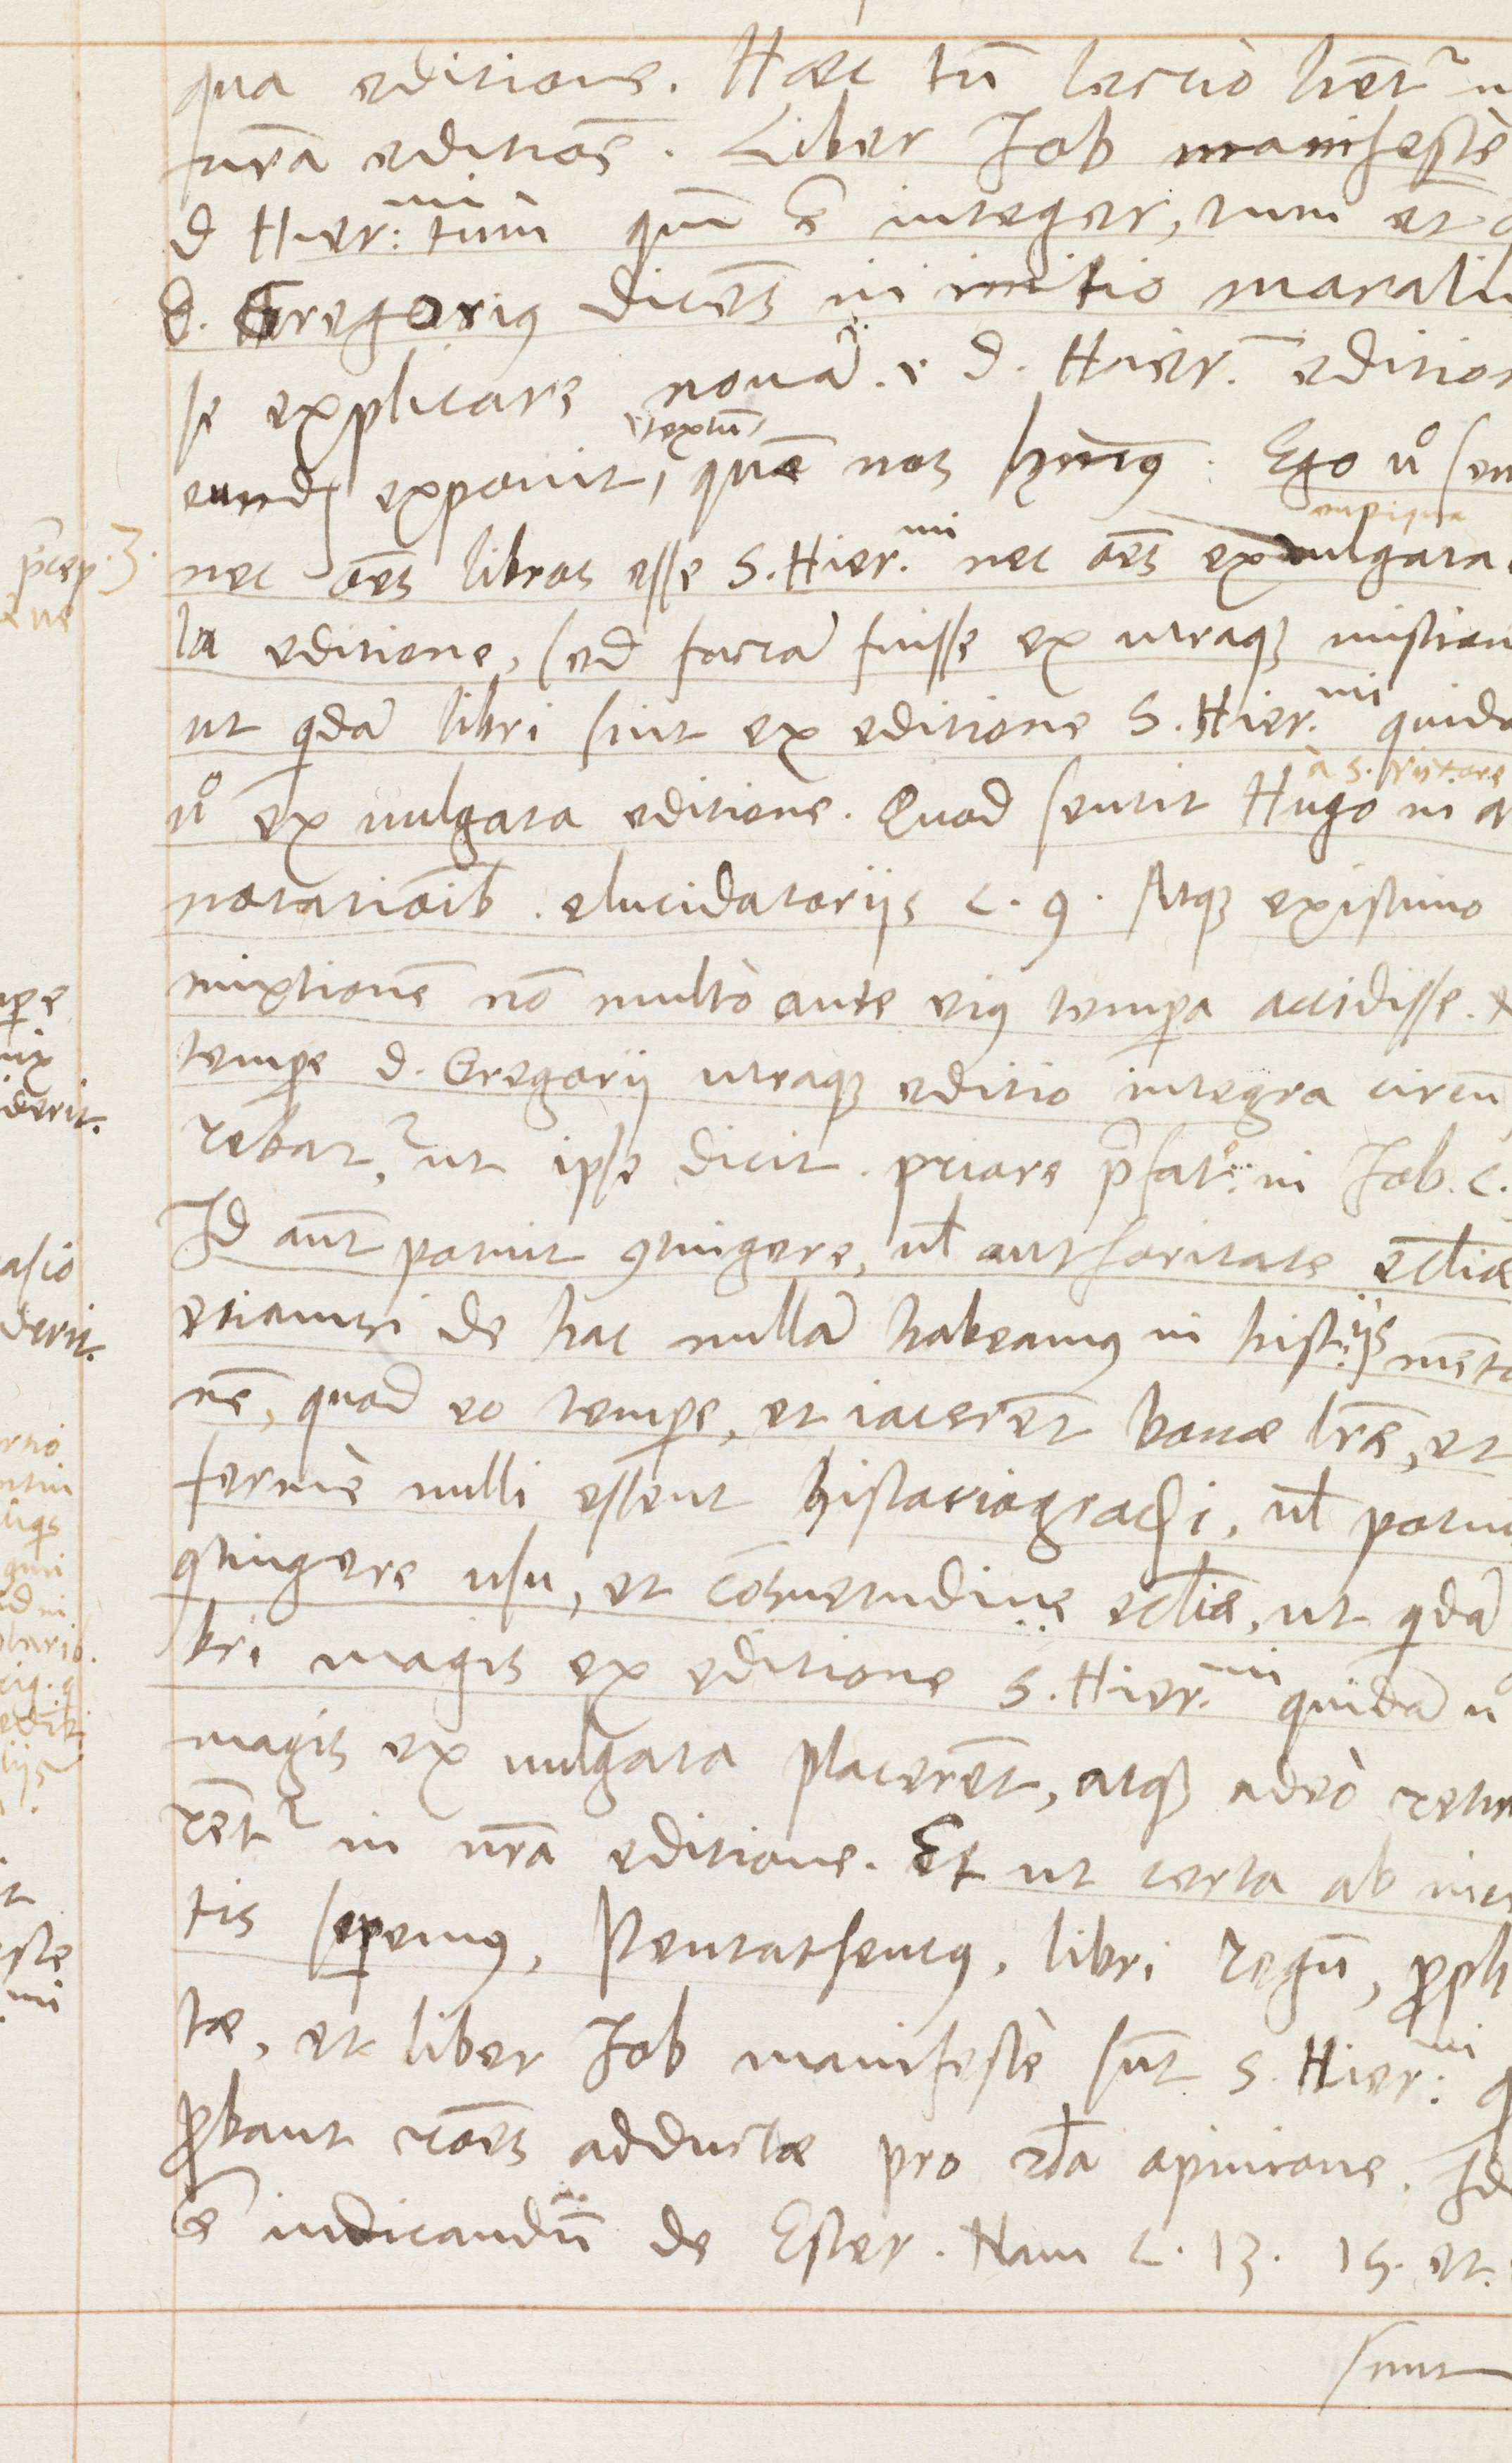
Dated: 1570–1570